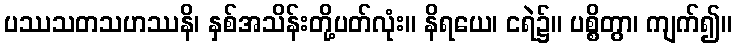
ပဿသတသဟဿနိ၊ နှစ်အသိန်းတို့ပတ်လုံး။ နိရယေ၊ ငရဲ၌။ ပစ္စိတွာ၊ ကျက်၍။